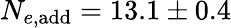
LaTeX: N_{e,\mathrm{add}}=13.1\pm 0.4